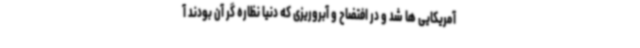
آمریکایی ها شد و در افتضاح و آبروریزی که دنیا نظاره گر آن بودند آ